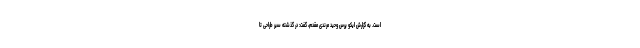
است. به گزارش ایکو پرس وحید مرندی مقدم، گفت: در گذشته سیر طراحی تا